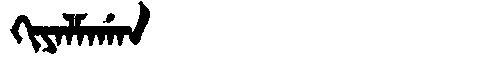
Manchu: ᡴᡳᠶᠠᠯᠮᠠᡤᠠᠨ
Romanization: KIYALMAGAN